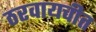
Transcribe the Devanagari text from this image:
ठरवायचीत